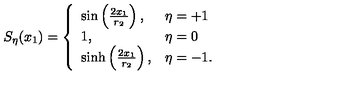
S _ { \eta } ( x _ { 1 } ) = \left\{ \begin{array} { l l } { \sin \left( { \frac { 2 x _ { 1 } } { r _ { 2 } } } \right) , } & { \eta = + 1 } \\ { 1 , } & { \eta = 0 } \\ { \sinh \left( { \frac { 2 x _ { 1 } } { r _ { 2 } } } \right) , } & { \eta = - 1 . } \\ \end{array} \right.